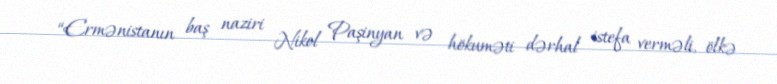
“Ermənistanın baş naziri Nikol Paşinyan və hökuməti dərhal istefa verməli, ölkə